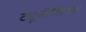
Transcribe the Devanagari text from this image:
ट्यूनीशिआ